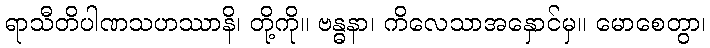
ရာသီတိပါဏသဟဿာနိ၊ တို့ကို။ ဗန္ဓနာ၊ ကိလေသာအနှောင်မှ။ မောစေတွာ၊